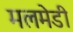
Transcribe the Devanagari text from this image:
मलमेडी